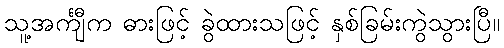
သူ့အင်္ကျီက ဓားဖြင့် ခွဲထားသဖြင့် နှစ်ခြမ်းကွဲသွားပြီ။